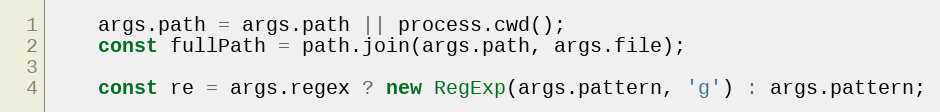
Language: JavaScript
    args.path = args.path || process.cwd();
    const fullPath = path.join(args.path, args.file);

    const re = args.regex ? new RegExp(args.pattern, 'g') : args.pattern;